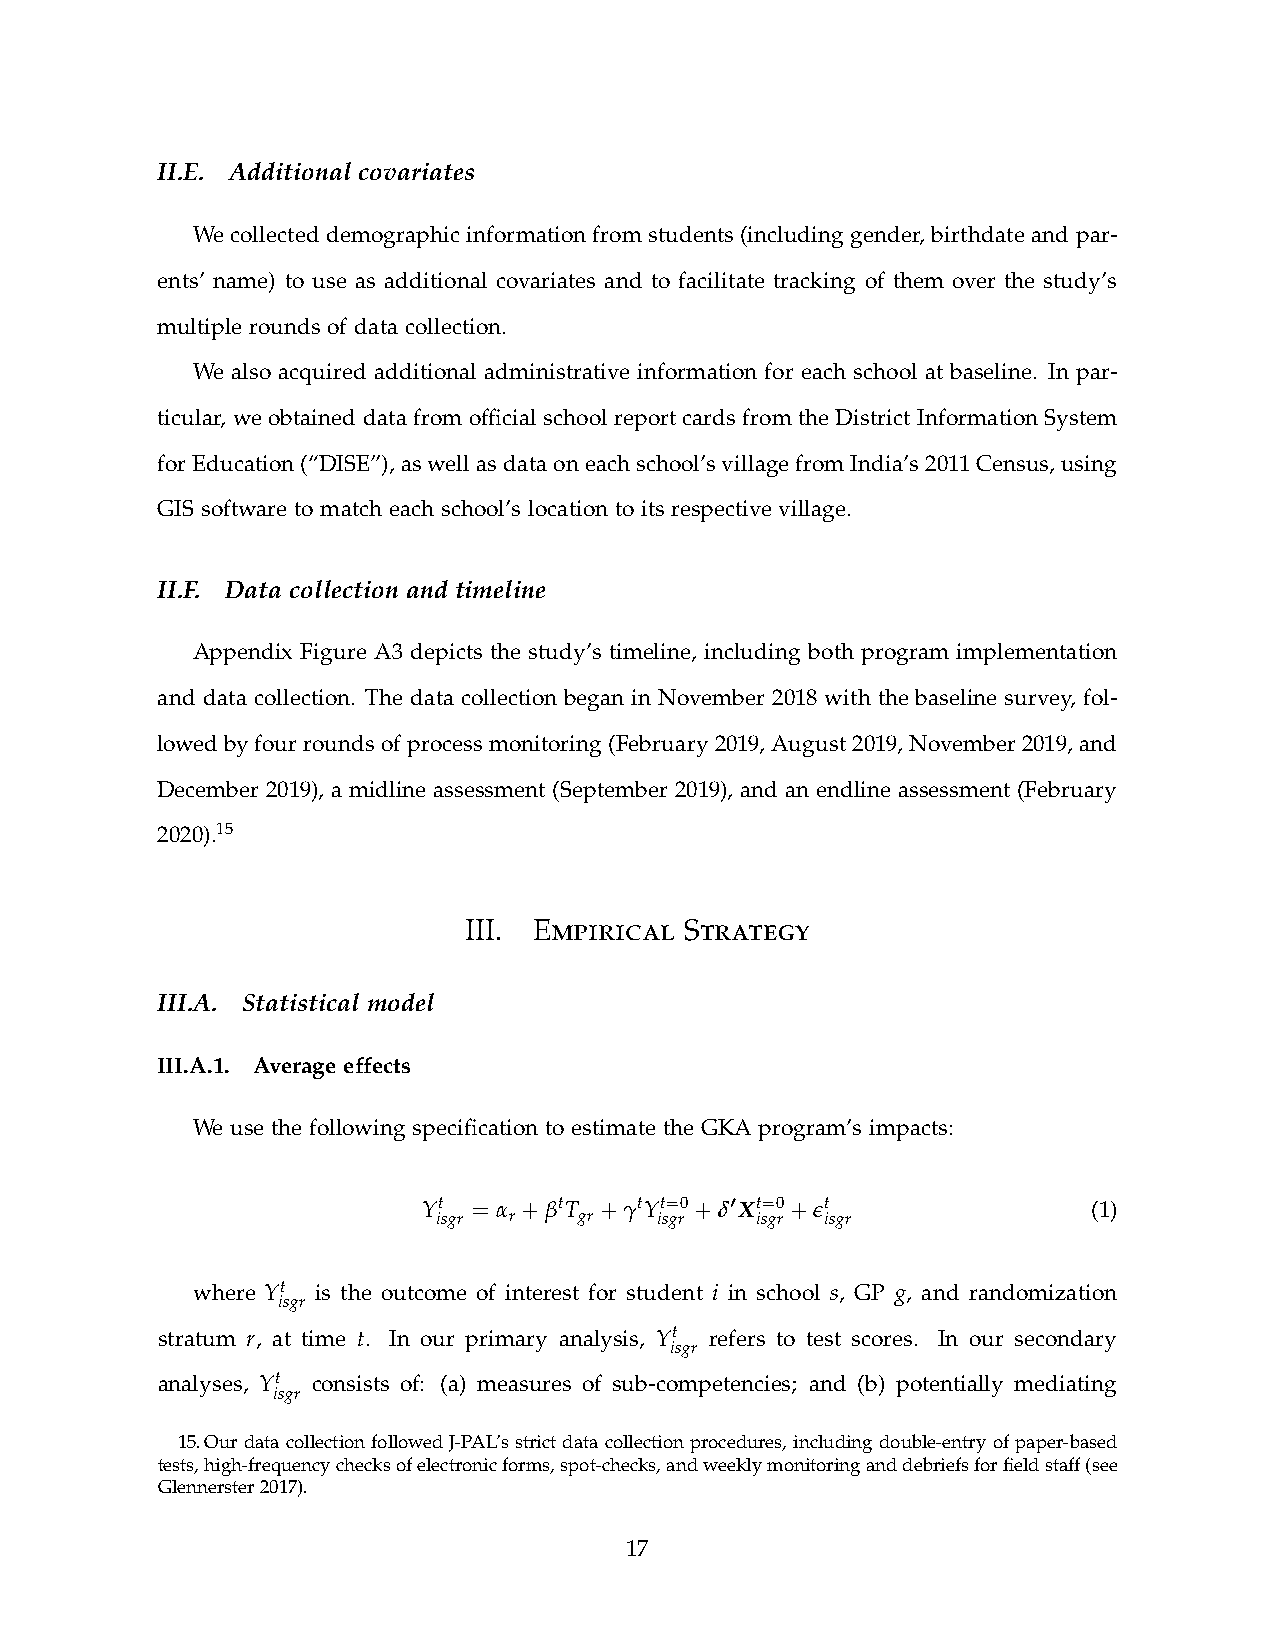
II.E. Additional covariates
 We collected demographic information from students (including gender, birthdate and par-
 ents’ name) to use as additional covariates and to facilitate tracking of them over the study’s
 multiple rounds of data collection.
 We also acquired additional administrative information for each school at baseline. In par-
 ticular, we obtained data from offcial school report cards from the District Information System
 for Education (“DISE”), as well as data on each school’s village from India’s 2011 Census, using
 GIS software to match each school’s location to its respective village.
 II.F. Data collection and timeline
 Appendix Figure A3 depicts the study’s timeline, including both program implementation
 and data collection. The data collection began in November 2018 with the baseline survey, fol-
 lowed by four rounds of process monitoring (February 2019, August 2019, November 2019, and
 December 2019), a midline assessment (September 2019), and an endline assessment (February
 2020).15
 mpirical  trategy
 III. E        S
 III.A. Statistical model
 III.A.1. Average effects
 We use the following specifcation to estimate the GKA program’s impacts:
 Yt = α + βtT + γtYt=0 + δ0 Xt=0 + et        (1)
 isgr r   gr    isgr  isgr isgr
 where Yt is the outcome of interest for student i in school s, GP g, and randomization
 isgr
 stratum r, at time t. In our primary analysis, Yt refers to test scores. In our secondary
 isgr
 analyses, Yt consists of: (a) measures of sub-competencies; and (b) potentially mediating
 isgr
 15. Our data collection followed J-PAL’s strict data collection procedures, including double-entry of paper-based
 tests, high-frequency checks of electronic forms, spot-checks, and weekly monitoring and debriefs for feld staff (see
 Glennerster 2017).
 17